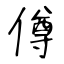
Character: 僔